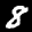
Label: 8